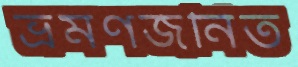
ভ্রমণজনিত